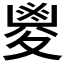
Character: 𡕰